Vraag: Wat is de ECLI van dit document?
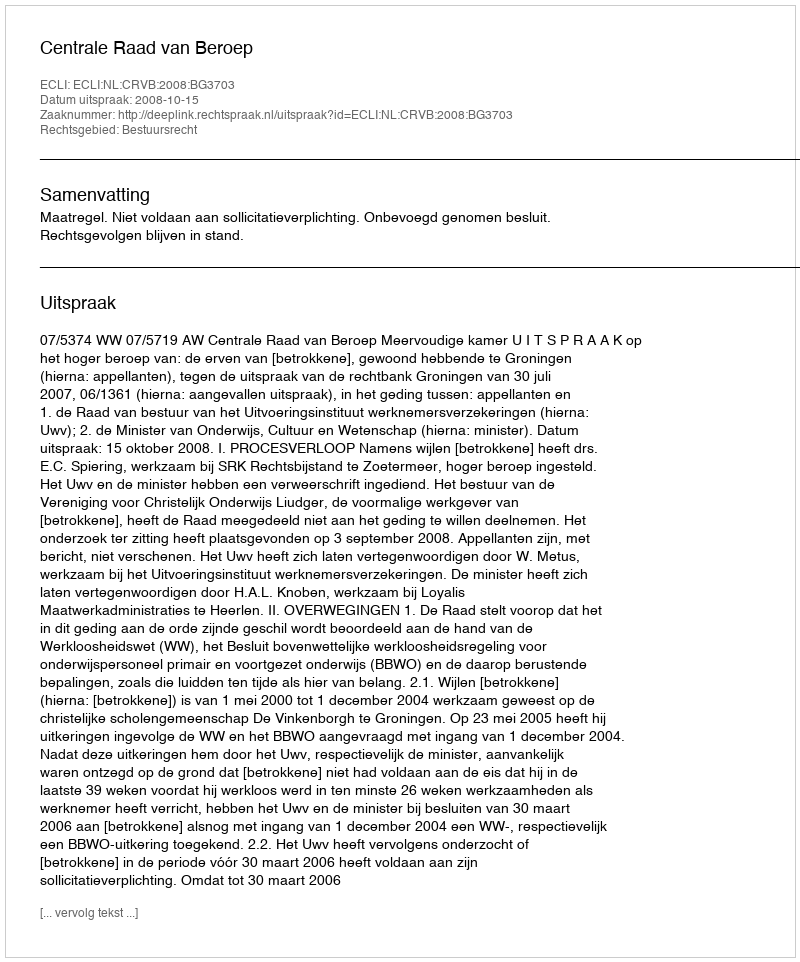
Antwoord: ECLI:NL:CRVB:2008:BG3703